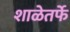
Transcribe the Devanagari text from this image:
शाळेतर्फे